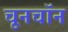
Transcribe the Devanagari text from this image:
चूनचॉन